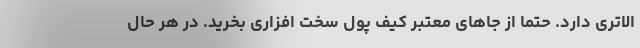
الاتری دارد. حتما از جاهای معتبر کیف پول سخت افزاری بخرید. در هر حال